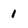
Character: 1